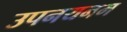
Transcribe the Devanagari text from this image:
उपनयनम